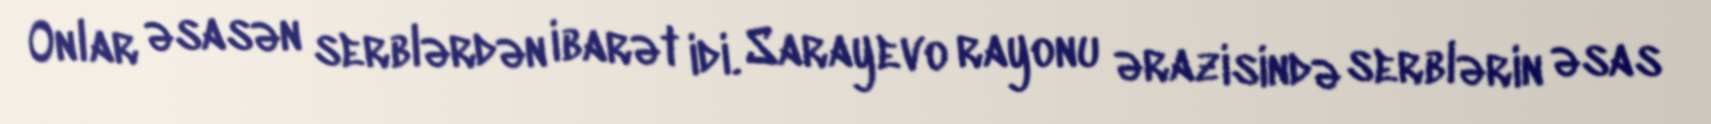
Onlar əsasən serblərdən ibarət idi. Sarayevo rayonu ərazisində serblərin əsas